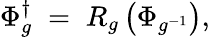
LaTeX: \Phi_{g}^{\dagger}\; =\; R_{g}\left(\Phi_{g^{-1}}\right),